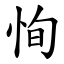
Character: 恂